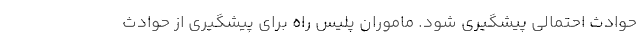
حوادث احتمالی پیشگیری شود. ماموران پلیس راه برای پیشگیری از حوادث